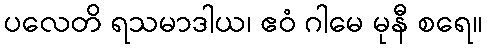
ပလေတိ ရသမာဒါယ၊ ဧဝံ ဂါမေ မုနီ စရေ။